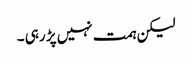
لیکن ہمت نہیں پڑ رہی ۔